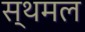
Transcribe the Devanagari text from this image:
स्थमल